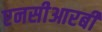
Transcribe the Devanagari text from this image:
एनसीआरबी